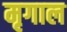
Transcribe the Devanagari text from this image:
मृगाल